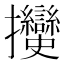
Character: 𢺲